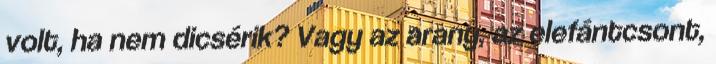
volt, ha nem dicsérik? Vagy az arany, az elefántcsont,